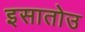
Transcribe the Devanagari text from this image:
इसातोउ